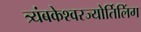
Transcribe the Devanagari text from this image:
त्र्यंबकेश्‍वरज्योर्तिलिंग